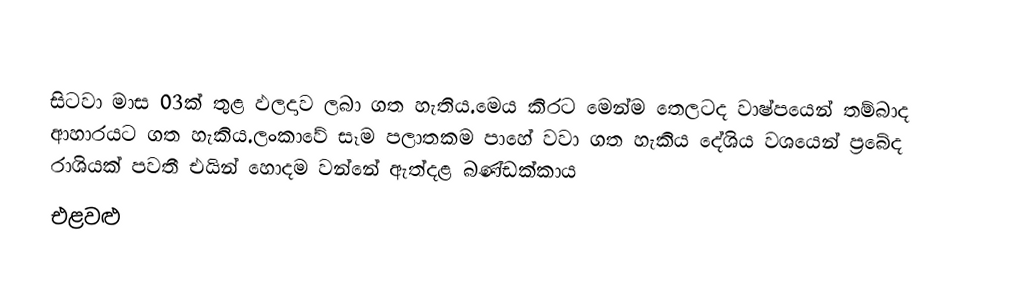
සිටවා මාස 03ක් තුළ ඵලදාව ලබා ගත හැතිය.මෙය කිරට මෙන්ම තෙලටද  වාෂ්පයෙන් තම්බාද ආහාරයට ගත හැකිය.ලංකාවේ සෑම පලාතකම පාහේ වවා ගත හැකිය දේශිය වශයෙන් ප්‍රබේද රාශියක් පවතී එයින් හොදම වන්නේ ඇත්දළ බණ්ඩක්කාය
එළවළු